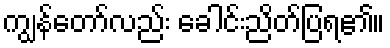
ကျွန်တော်လည်း ခေါင်းညိတ်ပြရ၏။